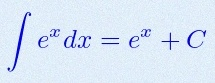
\int e^x dx=e^x+C